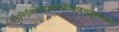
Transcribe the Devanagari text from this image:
सभूमिगूँसर्वतस्पृत्त्वात्त्यतिष्ठ्ठद्दशाङ्गुलम्॥१॥